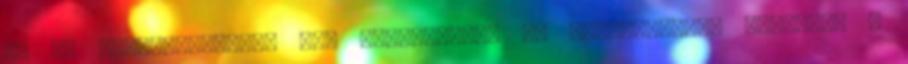
ha mi természetesen, sok szeretettel és elfogadással kezeljük a